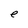
Character: e